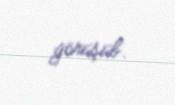
görüşüb.